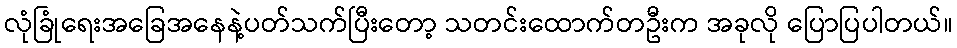
လုံခြုံရေးအခြေအနေနဲ့ပတ်သက်ပြီးတော့ သတင်းထောက်တဦးက အခုလို ပြောပြပါတယ်။